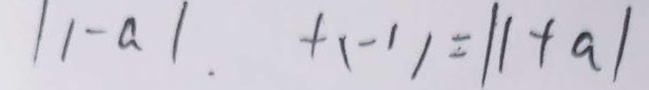
\vert 1 - a \vert + ( - 1 ) = \vert 1 + a \vert